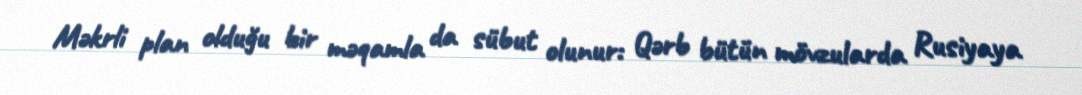
Məkrli plan olduğu bir məqamla da sübut olunur: Qərb bütün mövzularda Rusiyaya